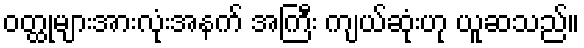
ဝတ္ထုများအားလုံးအနက် အကြီး ကျယ်ဆုံးဟု ယူဆသည်။